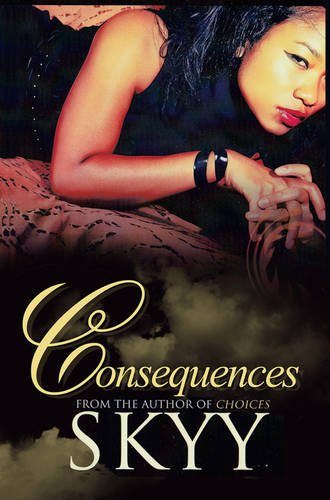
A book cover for Consequences; Skyy; Romance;